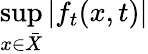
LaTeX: \operatorname*{sup}_{x\in{\bar{X}}}|f_{t}(x,t)|